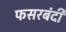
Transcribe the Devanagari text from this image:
फसरबंदी